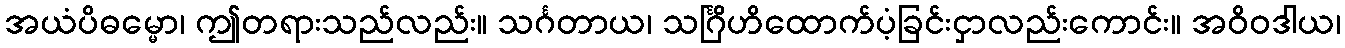
အယံပိဓမ္မော၊ ဤတရားသည်လည်း။ သင်္ဂတာယ၊ သင်္ဂြိဟိထောက်ပံ့ခြင်းငှာလည်းကောင်း။ အဝိဝဒါယ၊